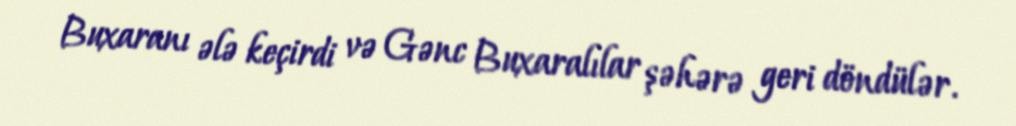
Buxaranı ələ keçirdi və Gənc Buxaralılar şəhərə geri döndülər.